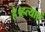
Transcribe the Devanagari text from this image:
है।हत्याएं